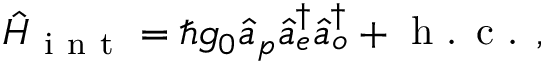
\hat { H } _ { \mathrm { ~ i ~ n ~ t ~ } } = \hbar g _ { 0 } \hat { a } _ { p } \hat { a } _ { e } ^ { \dagger } \hat { a } _ { o } ^ { \dagger } + \textrm { h . c . } ,